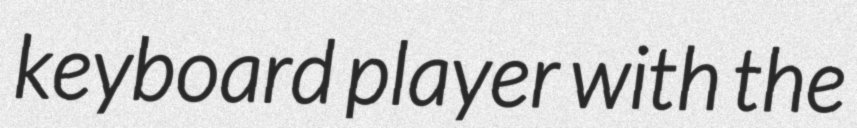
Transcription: keyboard player with the